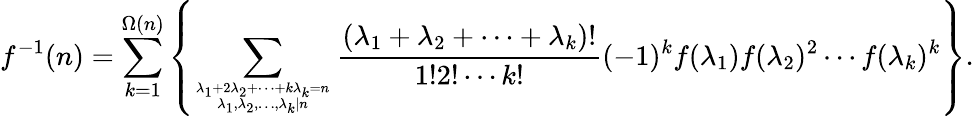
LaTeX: f^{-1}(n)=\sum_{k=1}^{\Omega(n)}\left\{ \sum_{{\lambda_{1}+2\lambda_{2}+\cdots+k\lambda_{k}=n}\atop{\lambda_{1},\lambda_{2},\ldots,\lambda_{k}|n}}{\frac{(\lambda_{1}+\lambda_{2}+\cdots+\lambda_{k})!}{1!2!\cdots k!}}(-1)^{k}f(\lambda_{1})f(\lambda_{2})^{2}\cdots f(\lambda_{k})^{k}\right\} .